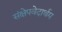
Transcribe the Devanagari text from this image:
संक्षेपवेदार्थम